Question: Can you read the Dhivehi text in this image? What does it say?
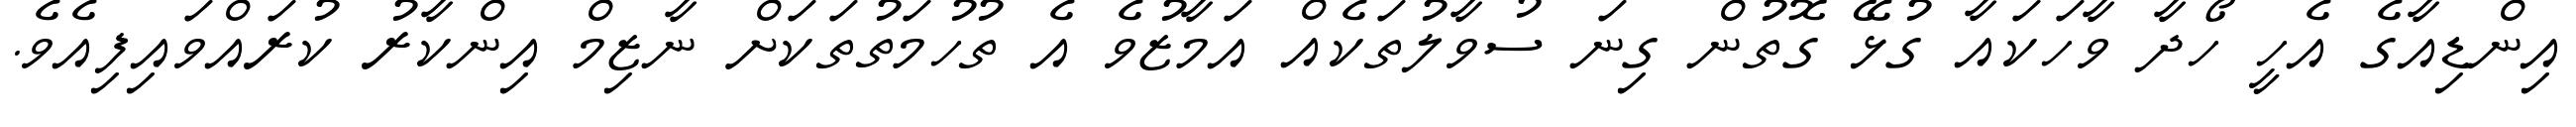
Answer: އިންޑިއާގެ އެހީ ހޯދާ ވާހަކައާ ގުޅޭ ގޮތުން ގިނަ ސުވާލުތަކެއް އަމާޒުވެ އެ ތުހުމަތުތަކަށް ނާޒިމް އިންކާރު ކުރައްވައިފިއެވެ.